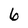
Character: 6